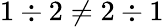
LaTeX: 1\div 2\neq 2\div 1